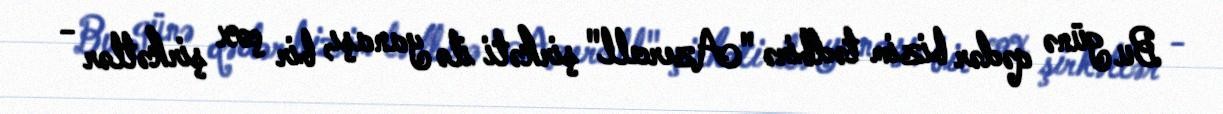
Bu günə qədər bizim tədbirə "Azercell" şirkəti ilə yanaşı, bir çox şirkətlər -